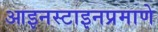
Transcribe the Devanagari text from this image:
आइनस्टाइनप्रमाणे